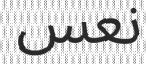
نعس